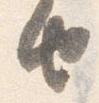
由